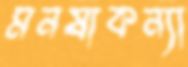
মনষাকন্যা